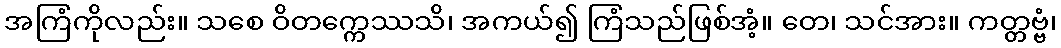
အကြံကိုလည်း။ သစေ ဝိတက္ကေဿသိ၊ အကယ်၍ ကြံသည်ဖြစ်အံ့။ တေ၊ သင်အား။ ကတ္တဗ္ဗံ၊